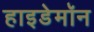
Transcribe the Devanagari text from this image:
हाइडेमॉन